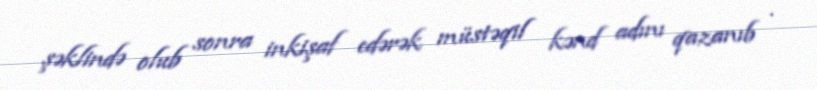
şəklində olub sonra inkişaf edərək müstəqil kənd adını qazanıb .